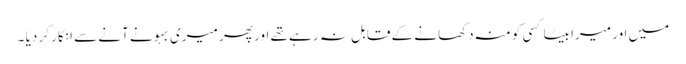
میں اور میرا بیٹا کسی کو منہ دکھانے کے قابل نہ رہے تھے اور پھر میری بہو نے آنے سے انکار کر دیا ۔